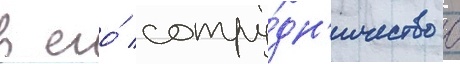
в его́ сотру́дн'ичество с